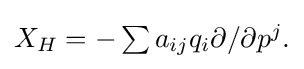
{\textstyle X_{H}=-\sum a_{ij}q_{i}\partial /\partial p^{j}.}